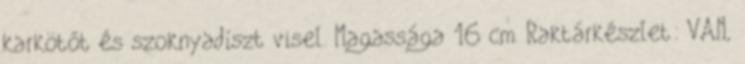
karkötőt és szoknyadíszt visel. Magassága 16 cm. Raktárkészlet: VAN,